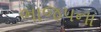
ભાજપના